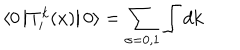
\langle 0 \left| T _ { i } ^ { k } ( x ) \right| 0 \rangle = \sum _ { \sigma = 0 , 1 } \int d { \mathbf k }